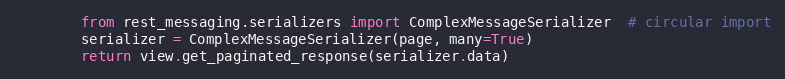
Language: Python
        from rest_messaging.serializers import ComplexMessageSerializer  # circular import
        serializer = ComplexMessageSerializer(page, many=True)
        return view.get_paginated_response(serializer.data)